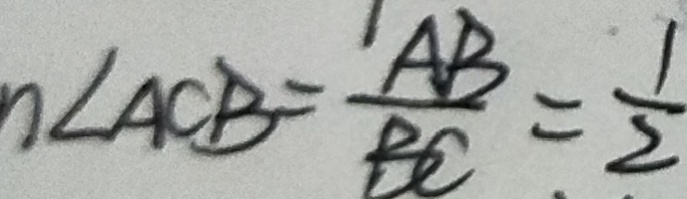
\angle A C B = \frac { A B } { B C } = \frac { 1 } { 2 }